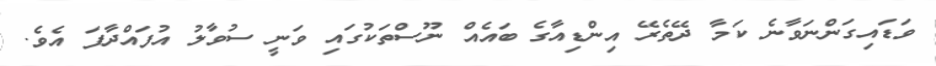
ވަޑައިގަންނަވާނެ ކަމާ ދޭތެރޭ އިންޑިއާގެ ބައެއް ނޫސްތަކުގައި ވަނީ ސުވާލު އުފައްދާފަ އެވެ.